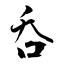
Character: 吞